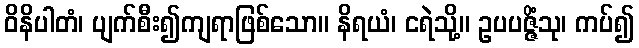
ဝိနိပါတံ၊ ပျက်စီး၍ကျရာဖြစ်သော။ နိရယံ၊ ငရဲသို့။ ဥပပဇ္ဇိံသု၊ ကပ်၍